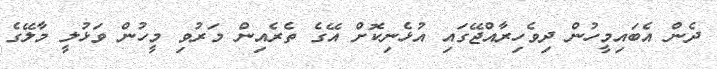
ދެން އެބައިމީހުން ދިވެހިރާއްޖޭގައި އުޅެނިކޮށް އޭގެ ތެރެއިން މަރުވި މީހުން ވަޅުލީ މާލޭގެ